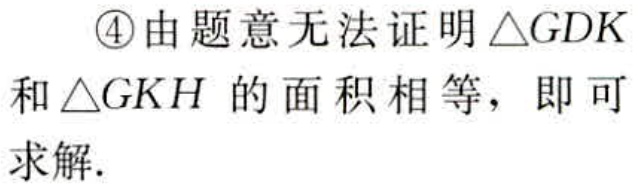
\textcircled{4}由题意无法证明$\triangle GDK$和$\triangle GKH$的面积相等，即可求解.